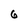
Character: 6